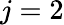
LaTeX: j=2